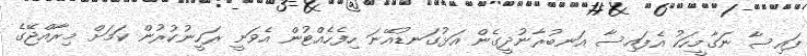
ފައިސާ ނަގާމީހަކު އެފައިސާ އަނބުރާނުދީގެން އަޅުގަނޑުއޭނަ ހިފެހެއްޓުން އެވަނީ ރަހީނުކުރުން ކަމަށް މިރާއްޖޭގެ